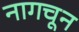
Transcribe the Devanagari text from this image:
नागचून